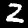
Label: 2